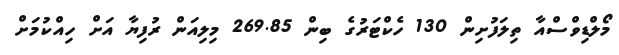
މޯލްޑިވްސްއާ ތިލަފުށިން 130 ހެކްޓަރުގެ ބިން 269.85 މިލިއަން ރުފިޔާ އަށް ހިއްކުމަށް